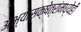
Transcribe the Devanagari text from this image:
अभ्यासक्षेत्रांमध्येही